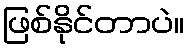
ဖြစ်နိုင်တာပဲ။